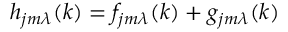
h _ { j m \lambda } ( k ) = f _ { j m \lambda } ( k ) + g _ { j m \lambda } ( k )